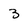
Character: 3